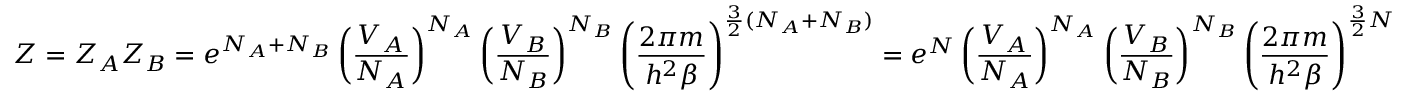
Z = Z _ { A } Z _ { B } = e ^ { N _ { A } + N _ { B } } \left( \frac { V _ { A } } { N _ { A } } \right) ^ { N _ { A } } \left( \frac { V _ { B } } { N _ { B } } \right) ^ { N _ { B } } \left( \frac { 2 \pi m } { h ^ { 2 } \beta } \right) ^ { \frac 3 2 ( N _ { A } + N _ { B } ) } = e ^ { N } \left( \frac { V _ { A } } { N _ { A } } \right) ^ { N _ { A } } \left( \frac { V _ { B } } { N _ { B } } \right) ^ { N _ { B } } \left( \frac { 2 \pi m } { h ^ { 2 } \beta } \right) ^ { \frac 3 2 N }